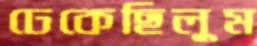
ঢেকেছিলুম